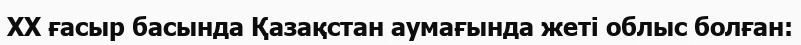
XX ғасыр басында Қазақстан аумағында жеті облыс болған: